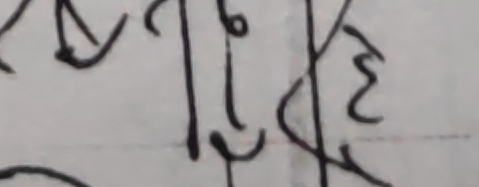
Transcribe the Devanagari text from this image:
छि